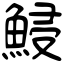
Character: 鮼